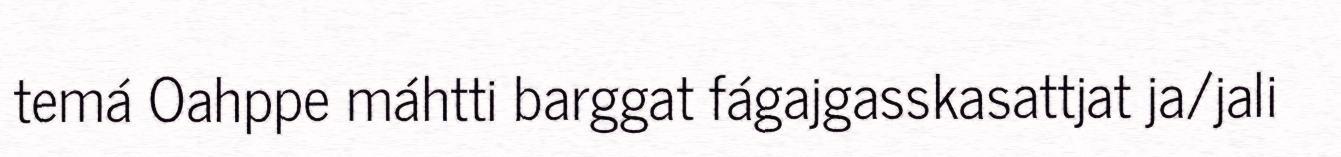
temá Oahppe máhtti barggat fágajgasskasattjat ja/jali